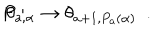
P : \hspace { 0 . 2 c m } \theta _ { a , \alpha } \rightarrow \theta _ { a + 1 , P _ { a } ( \alpha ) } ~ ~ .